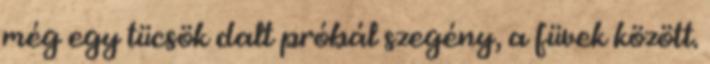
még egy tücsök dalt próbál szegény, a füvek között.